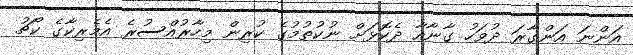
އަންނަ އަންގާރަ ދުވަހު ގާނާއާ ދެކޮޅަށް ނުކުތުމުގެ ކުރިން މިހާރުއްސުރެ އެމެރިކާގެ ކޯޗު